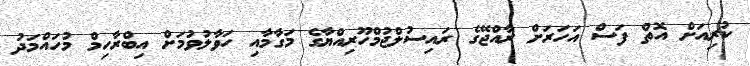
ކުރިއަށް އޮތް ފަސް އަހަރަށް ރާއްޖޭގެ ރައިސުލްޖުމްހޫރިއްޔާގެ މަގާމާއި ހަވާލުވުމަށް އިބްރާހިމް މުހައްމަދު